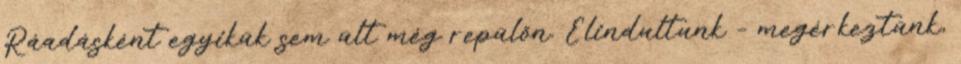
Ráadásként egyikük sem ült még repülőn. Elindultunk – megérkeztünk,